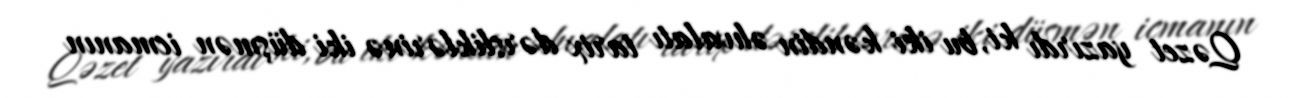
Qəzet yazırdı ki, bu iki kəndin əhvalatı tarix dərsliklərinə iki düşmən icmanın